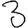
Digit: 3